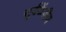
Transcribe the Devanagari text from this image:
सूर्यकेंद्रीय